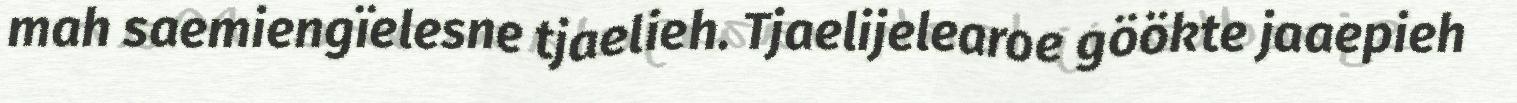
mah saemiengïelesne tjaelieh. Tjaelijelearoe göökte jaaepieh